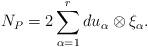
LaTeX: \begin{align*}N_{P}=2\sum_{\alpha=1}^{r}du_{\alpha}\otimes \xi_{\alpha}.\end{align*}